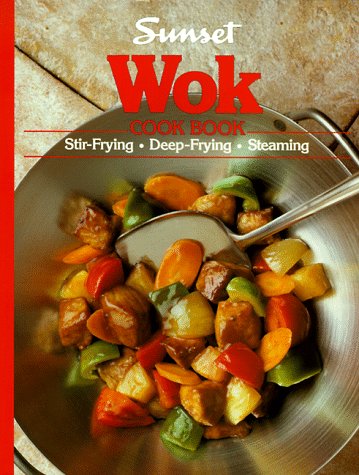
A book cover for Wok Cook Book; Sunset Books; Cookbooks, Food & Wine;